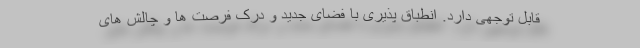
قابل توجهی دارد. انطباق پذیری با فضای جدید و درک فرصت ها و چالش های